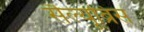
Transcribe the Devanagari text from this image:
सैल्यूब्रिस